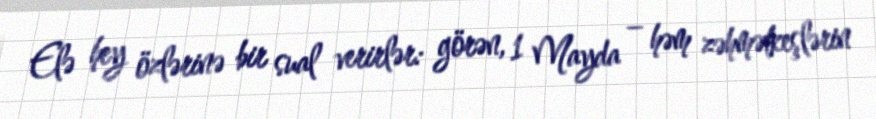
Elə hey özlərinə bir sual verirlər: görən, 1 Mayda – həm zəhmətkeşlərin